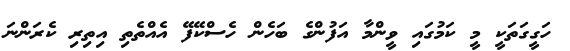
ހަގީގަތަކީ މީ ކަމުގައި ވީންމާ އަފުންގެ ބަހެން ހެސްކޭފޭ އެއްތެތި އިތިރި ކެރަންނަ